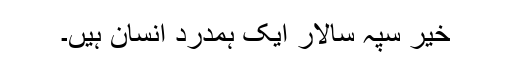
خیر سپہ سالار ایک ہمدرد انسان ہیں۔